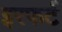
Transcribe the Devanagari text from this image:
इरफर्ट